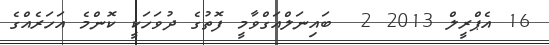
16 އެޕްރީލް 2013 2  ބައިނަލްއަގްވާމީ ފޮތުގެ ދުވަހަކީ ކޮންމެ އަހަރެއްގެ